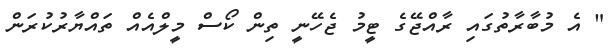
" އެ މުބާރާތުގައި ރާއްޖޭގެ ޓީމު ޖެހޭނީ ތިން ކޯސް މީލްއެއް ތައްޔާރުކުރަން